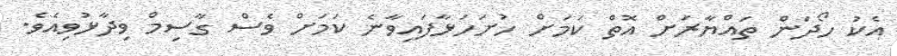
އެކު ހޯދަން ތައްޔާރަށް އޮތް ކަމަށް ހުށަހަޅާފައިވާނެ ކަމަށް ވެސް ގާސިމް ވިދާޅުވިއެވެ.